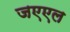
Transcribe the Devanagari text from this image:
जएएल